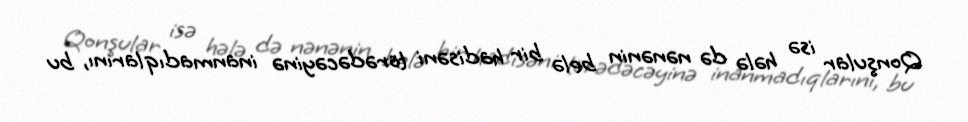
Qonşular isə hələ də nənənin belə bir hadisəni törədəcəyinə inanmadıqlarını, bu